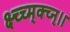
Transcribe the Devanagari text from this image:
क्ष्च्च्म्क्च्न्।।